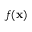
f ( \mathbf { x } )